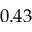
0 . 4 3